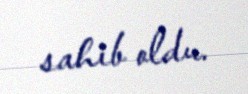
sahib oldu.